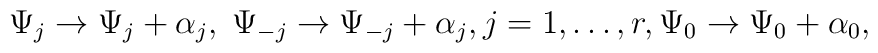
\Psi_j \rightarrow \Psi_j + \alpha_j,\; \Psi_{-j} \rightarrow \Psi_{-j} + \alpha_j, j=1, \ldots, r,\Psi_0  \rightarrow \Psi_0 + \alpha_0,